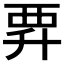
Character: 𧟨